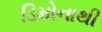
ડિમોનાથી